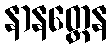
နာနတ္တေန